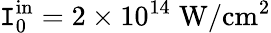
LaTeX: \mathtt{I}_{0}^{\mathrm{{in}}}=2\times10^{14}\; \mathrm{{W/cm^{2}}}